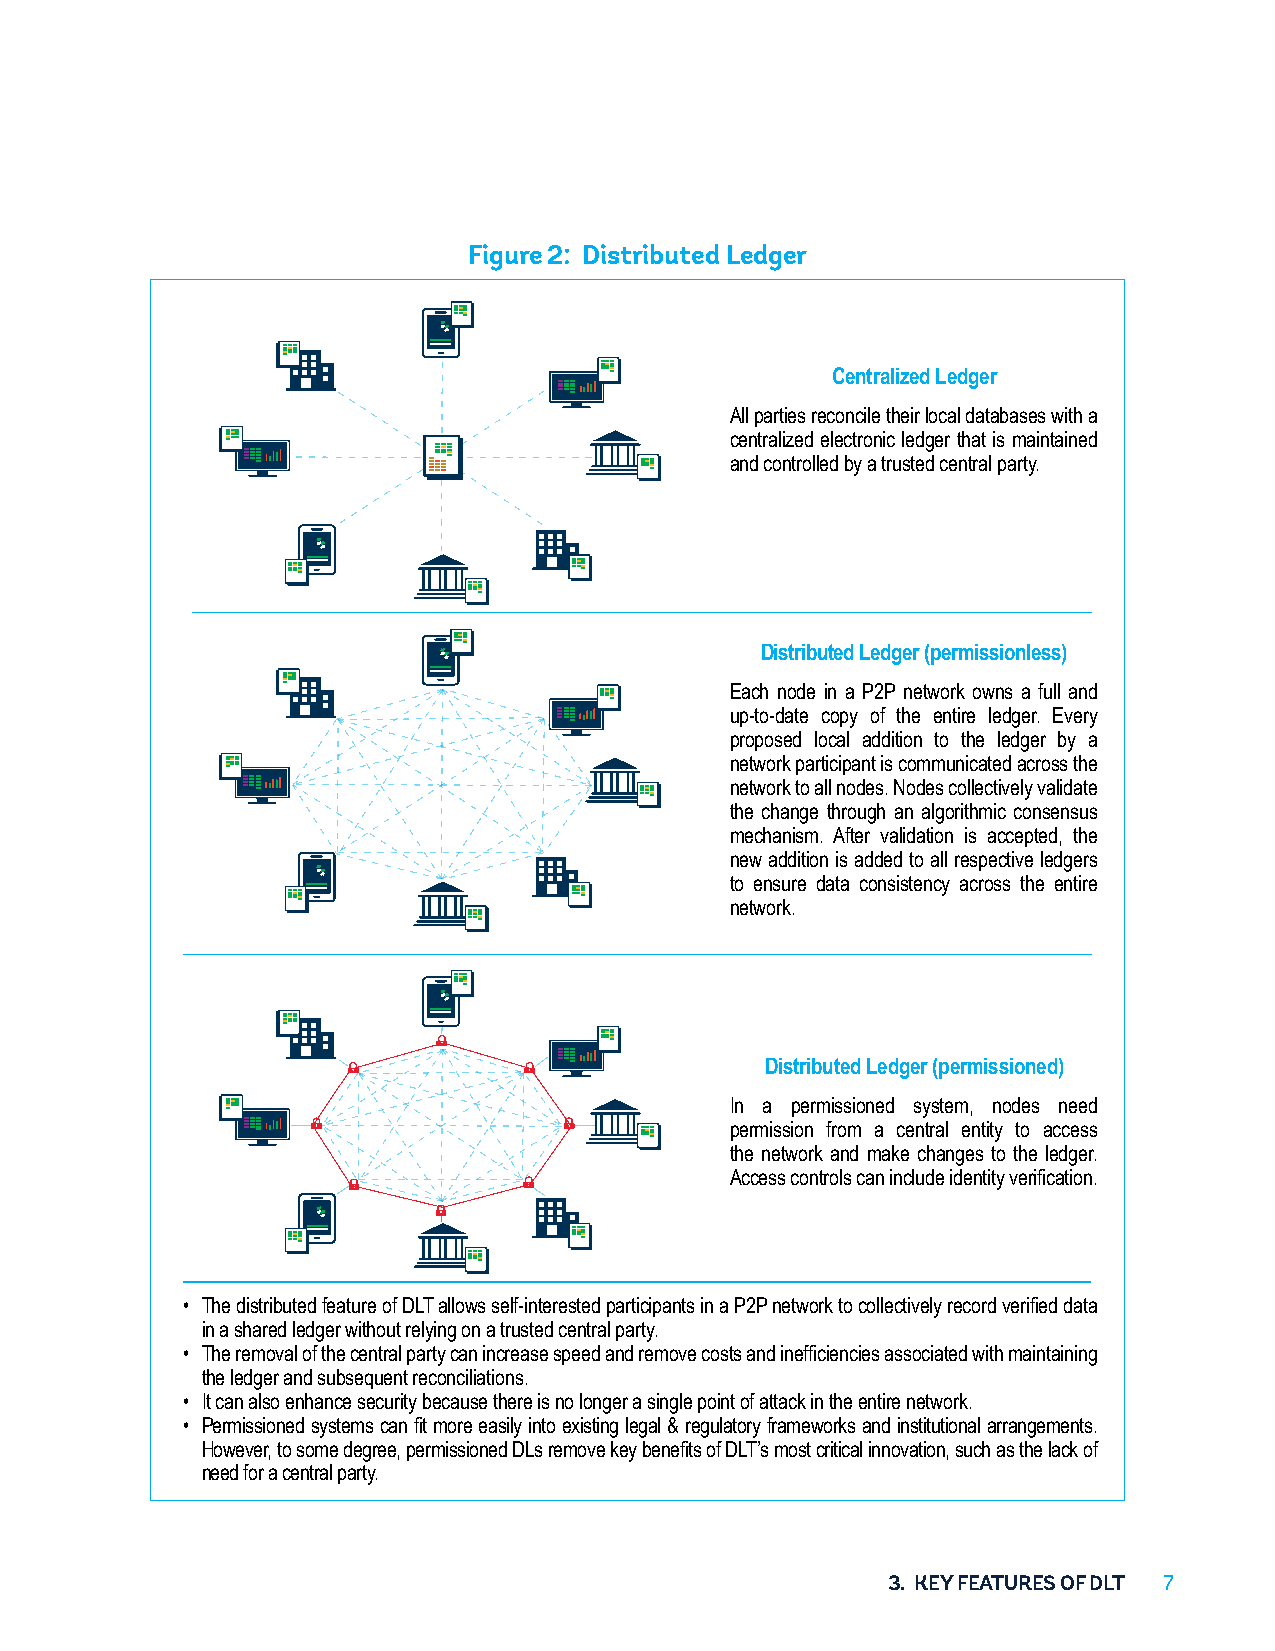
Figure 2: Distributed Ledger
 Centralized Ledger
 All parties reconcile their local databases with a
 centralized electronic ledger that is maintained
 and controlled by a trusted central party.
 Distributed Ledger (permissionless)
 Each node in a P2P network owns a full and
 up-to-date copy of the entire ledger. Every
 proposed local addition to the ledger by a
 network participant is communicated across the
 network to all nodes. Nodes collectively validate
 the change through an algorithmic consensus
 mechanism. After validation is accepted, the
 new addition is added to all respective ledgers
 to ensure data consistency across the entire
 network.
 Distributed Ledger (permissioned)
 In a permissioned system, nodes need
 permission from a central entity to access
 the network and make changes to the ledger.
 Access controls can include identity verification.
 • The distributed feature of DLT allows self-interested participants in a P2P network to collectively record verified data
 in a shared ledger without relying on a trusted central party.
 • The removal of the central party can increase speed and remove costs and inefficiencies associated with maintaining
 the ledger and subsequent reconciliations.
 • It can also enhance security because there is no longer a single point of attack in the entire network.
 • Permissioned systems can fit more easily into existing legal & regulatory frameworks and institutional arrangements.
 However, to some degree, permissioned DLs remove key benefits of DLT’s most critical innovation, such as the lack of
 need for a central party.
 3. KEY FEATURES OF DLT 77